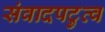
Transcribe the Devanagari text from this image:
संवादपटुत्व